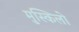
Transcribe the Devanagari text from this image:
मुस्किलो